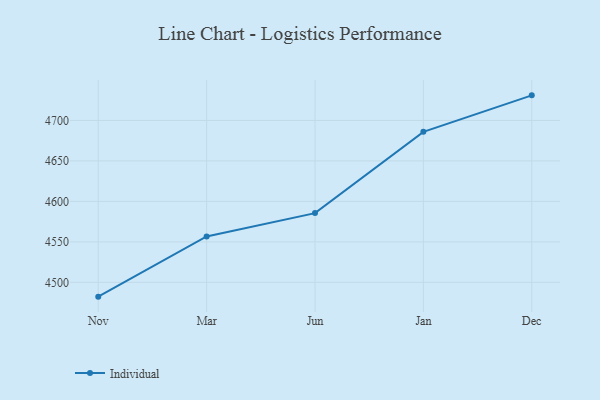
{"axis": {"x": "Month", "y": "Operating Costs (USD K)"}, "legend": ["Individual"], "data": [{"x": "Nov", "y": 4482.3, "type": "Individual"}, {"x": "Mar", "y": 4556.7, "type": "Individual"}, {"x": "Jun", "y": 4585.5, "type": "Individual"}, {"x": "Jan", "y": 4685.9, "type": "Individual"}, {"x": "Dec", "y": 4731.0, "type": "Individual"}]}